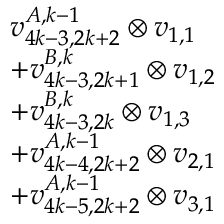
\begin{array} { r l } & { v _ { 4 k - 3 , 2 k + 2 } ^ { A , k - 1 } \otimes v _ { 1 , 1 } } \\ & { + v _ { 4 k - 3 , 2 k + 1 } ^ { B , k } \otimes v _ { 1 , 2 } } \\ & { + v _ { 4 k - 3 , 2 k } ^ { B , k } \otimes v _ { 1 , 3 } } \\ & { + v _ { 4 k - 4 , 2 k + 2 } ^ { A , k - 1 } \otimes v _ { 2 , 1 } } \\ & { + v _ { 4 k - 5 , 2 k + 2 } ^ { A , k - 1 } \otimes v _ { 3 , 1 } } \end{array}